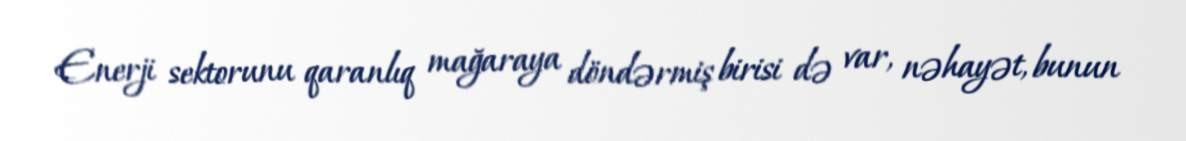
Enerji sektorunu qaranlıq mağaraya döndərmiş birisi də var, nəhayət, bunun